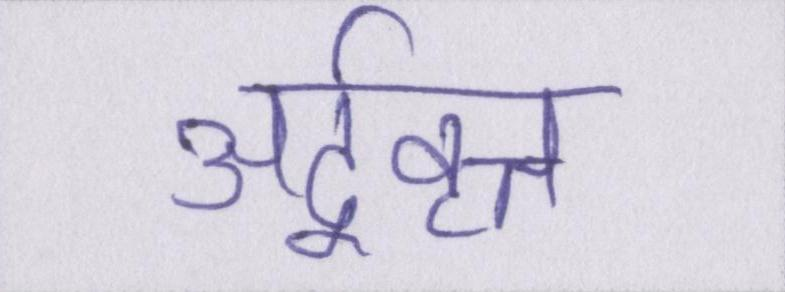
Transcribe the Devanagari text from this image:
अर्द्ववृत्त